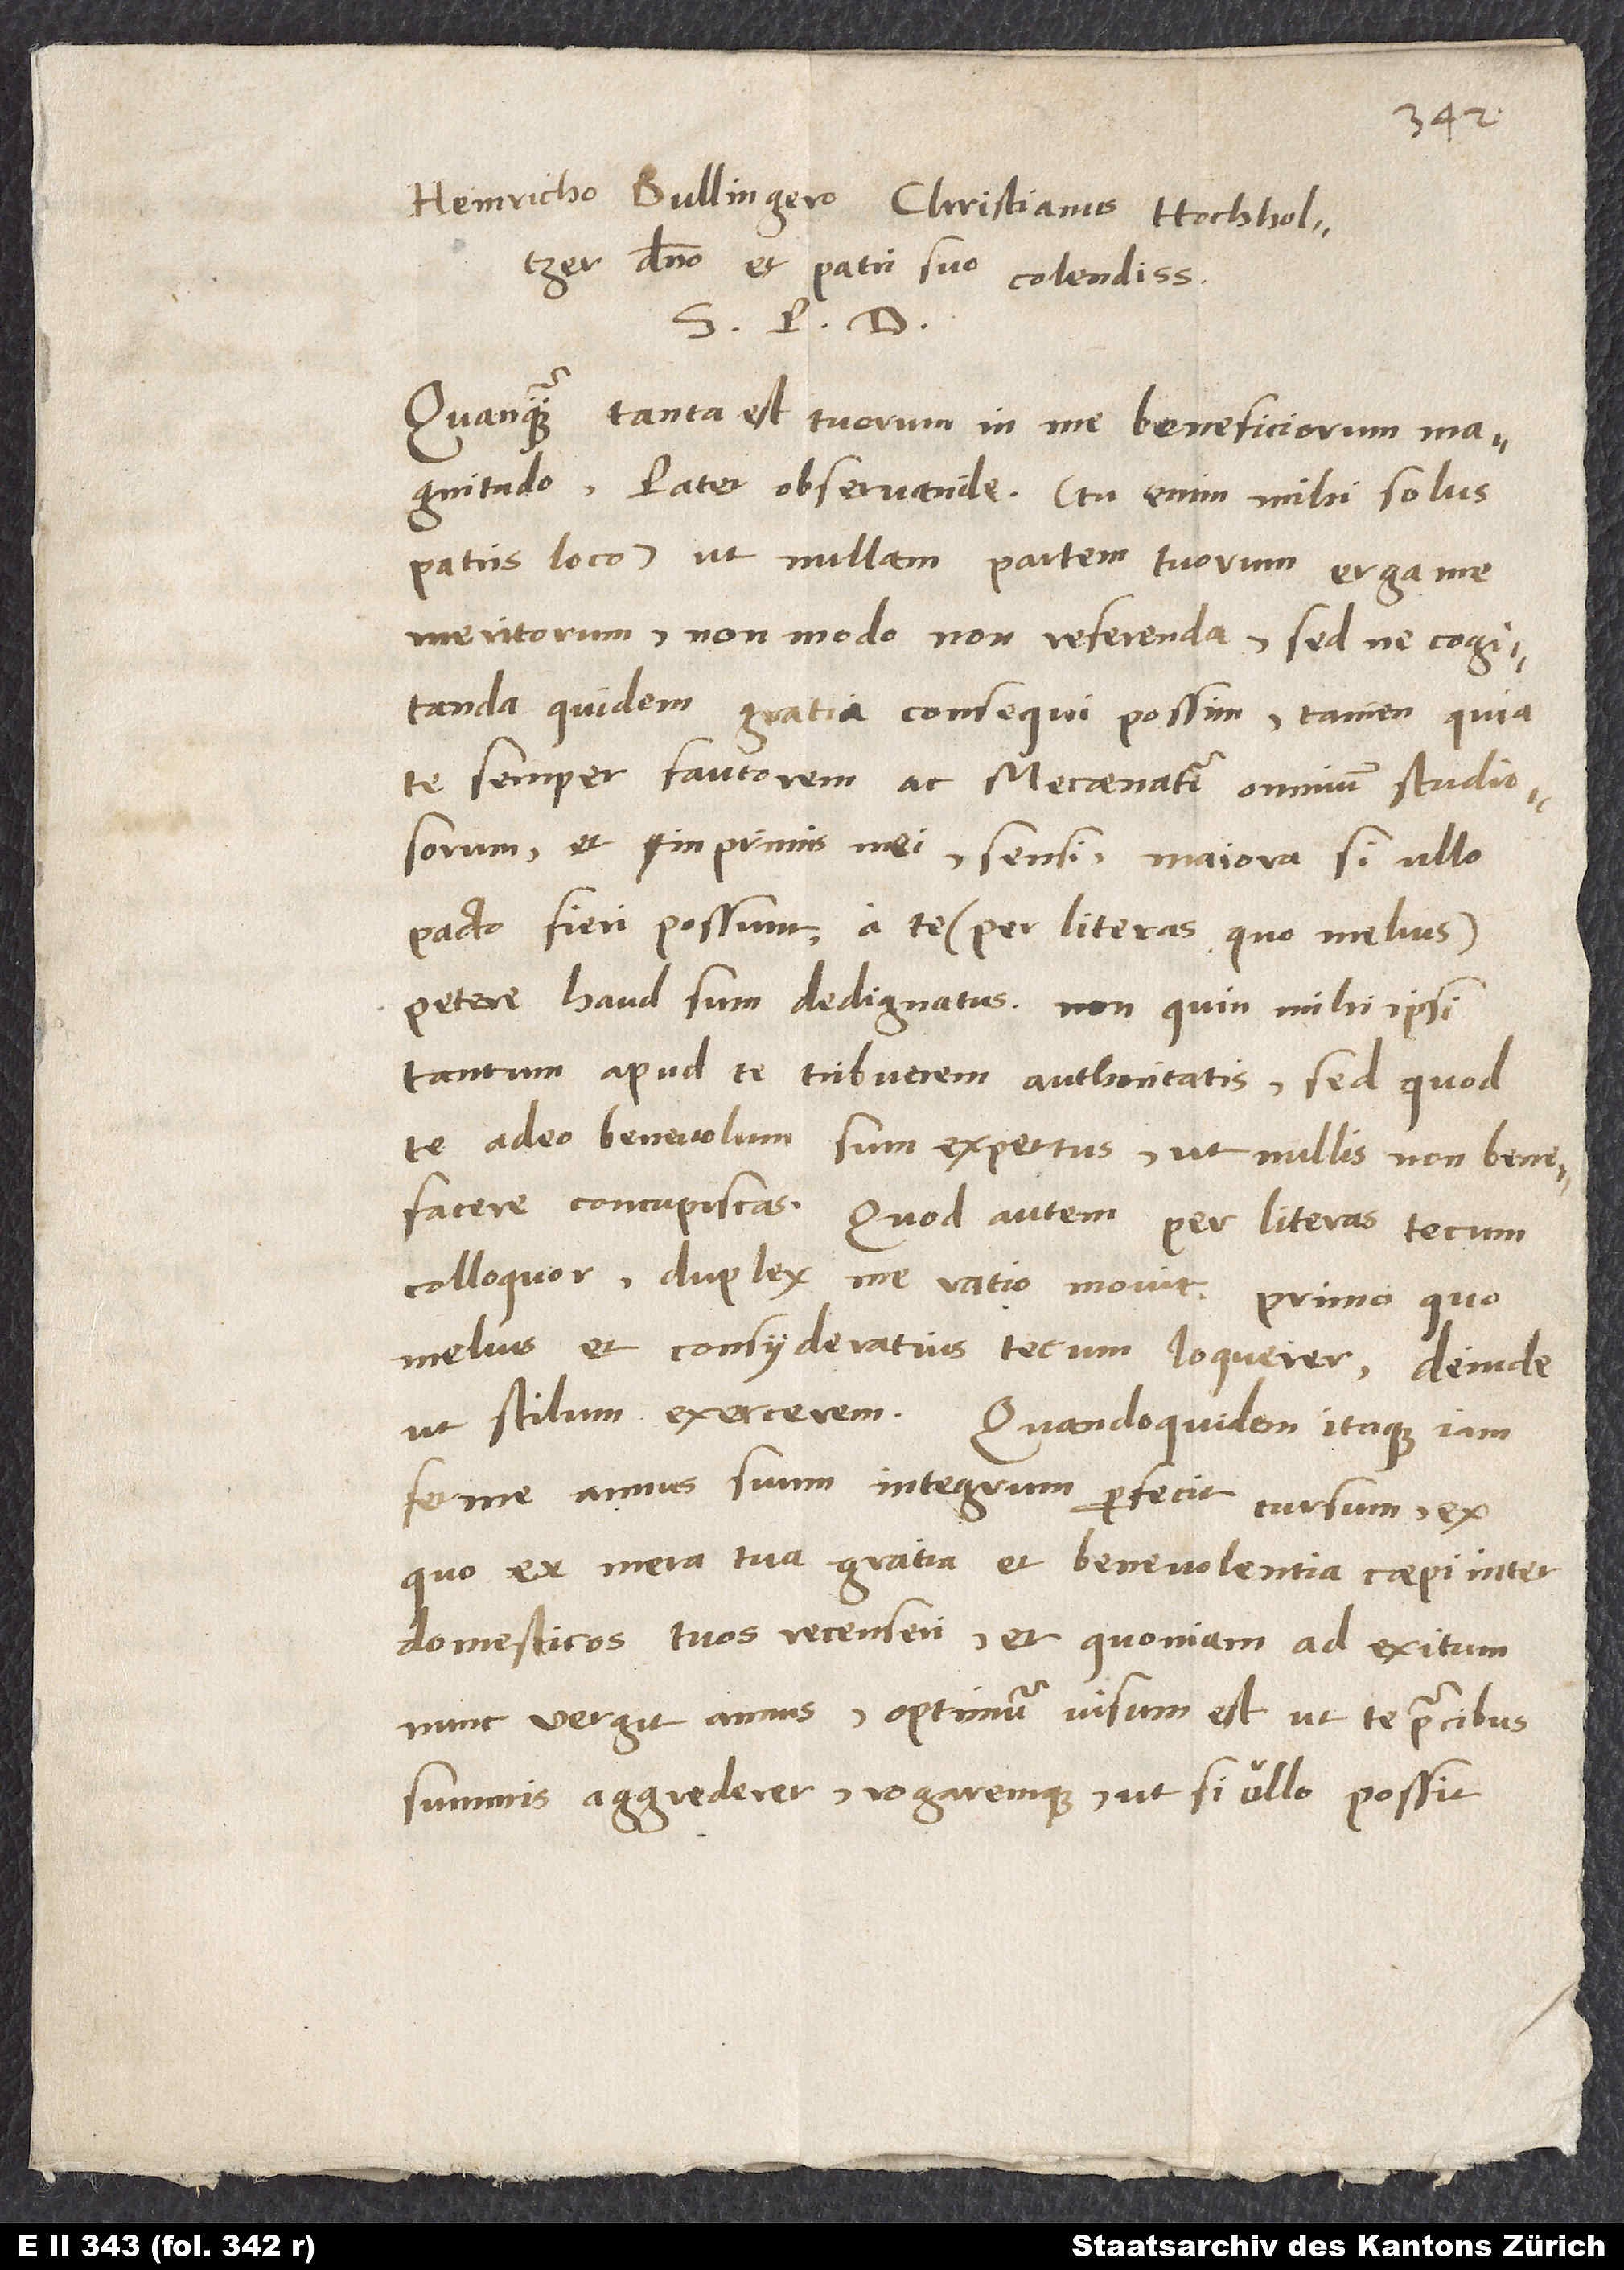
Heinricho Bullingero Christianus Hochholtzer,
domino et patri suo colendissimo,
S. P. D.
Quanquam tanta est tuorum in me beneficiorum magnitudo,
pater observande - tu enim mihi solus
patris loco -, ut nullam partem tuorum erga me
meritorum non modo referenda sed ne cogitanda
quidem gratia consequi possim, tamen, quia
te semper fautorem ac Mecaenatem omnium studiosorum
et inprimis mei sensi, maiora, si ullo
pacto fieri possunt, a te - per literas quo melius
petere haud sum dedignatus, non quin mihi ipsi
tantum apud te tribuerem authoritatis, sed quod
te adeo benevolum sum expertus, ut nullis non benefacere
concupiscas. Quod autem per literas tecum
colloquor, duplex me ratio movit: Primo, quo
melius et consyderatius tecum loquerer, deinde,
ut stilum exercerem. Quandoquidem itaque iam
ferme annus suum integrum perfecit cursum, ex
quo ex mera tua gratia et benevolentia coepi inter
domesticos tuos recenseri, et quoniam ad exitum
nunc vergit annus, optimum visum est, ut te precibus
summis aggrederer rogaremque, ut si ullo possit